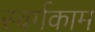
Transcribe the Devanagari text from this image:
स्वर्गकाम